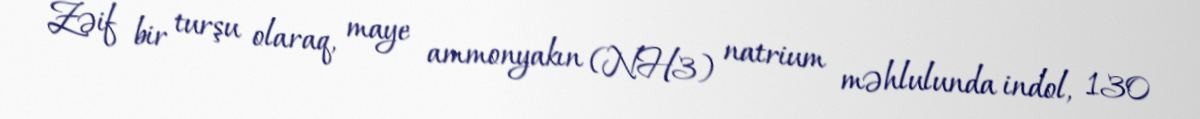
Zəif bir turşu olaraq, maye ammonyakın (NH3) natrium məhlulunda indol, 130